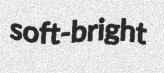
soft-bright